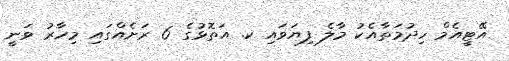
އޭޓީއެމް ހިދުމަތާއެކު މާލެ ފިޔަވައި ކ. އަތޮޅުގެ 6 ރަށެއްގައި މިހާރު ވަނީ